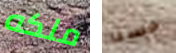
ملكه حسنا